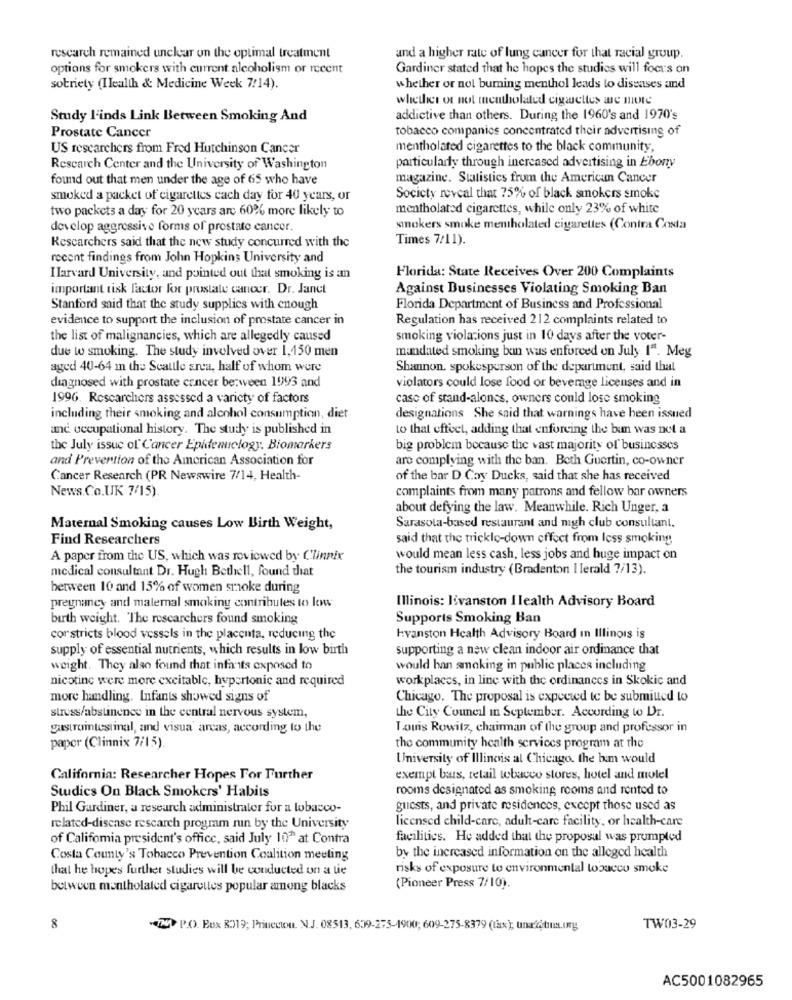
research remained unclear on the optimal treatment
and a higher rate of lung cancer for that racial group.
options for smokers with current alcoholism or recent
Gardiner stated that he hopes the studies will focus on
sobriety (Ilealth & Medicine Week 7:14).
whether or not burning menthol leads to diseases and
whether or not mentholated cigarettes are mote
Study l'inds Link Between Smoking And
addictive than others. During the 1960's and 1970's
tobacco companies concentrated their advertising of
Prostate Cancer
US researchers from Fred Hutchinson Cancer
mentholated cigarettes to the black community,
Research Center and the University of Washington
particularly through increased advertising in Ebony
found out that men under the age of 65 who have
magazine. Statistics from the American Cancer
smoked a packet of cigarettes cach day for 40 years, or
Society reveal that 75% of black smokers smoke
two packets a day for 20 years arc 60% more likely to
mentholated cigarettes, while only 23% of white
develop aggressive forms of prostate cancer.
smokers smoke mentholated cigarettes (Contra Costa
Times 7/11).
Researchers said that the new study concurred with the
recent findings from John Hopkins University and
Harvard University, and pointed out that smoking is an
Florida: State Receives Over 200 Complaints
important tisk factor for prostate cancer. Dr. Janct
Against Businesses Violating Smoking Ban
Stanford said that the study supplies with enough
Florida Department of Business and Professional
evidence to support the inclusion of prostate cancer in
Regulation has received 212 complaints related to
the list of malignancies, which are allegedly caused
smoking violations just in 10 days after the voter-
due to smoking. The study involved over 1,150 men
mandated smoking ban was enforced on July 1". Meg
aged 40-64 m the Seattle area, half of whom were
Shannon, spokesperson of the department, said that
diagnosed with prostate cancer berween 1995 and
violators could lose food or beverage licenses and in
1996. Researchers assessed a variety of factors
case of stand-alones, owners could lose smoking
including their smoking and alcohol consumption, diet
designations She said that warnings have been issued
and occupational history. The study is published in
to that effect, adding that enforcing the bun was not a
the July issue of Cancer Epidemiology. Biomarkers
big problem because the vast majority of businesses
and Prevention of the American Association for
are complying with the ban. Both Guertin, co-owner
Cancer Research (PR Newswire 7/14, Health-
of the bar D Cay Ducks, said that she has received
News.Co.UK 7/15).
complaints from many patrons and fellow bar owners
about defying the law. Meanwhile. Rich Unger, a
Maternal Smoking causes Low Birth Weight,
Sarasota-based restaurant and nigh club consultant.
Find Researchers
said that the tricklo-down effect from less smoking
A paper from the US, which was reviewed by Clinnix
would mean less cash, less jobs and huge impact on
medical consultant Dr. Hugh Bethell, found that
the tourism industry (Bradenton I lerald ?/13).
between 10 and 15% of women smoke during
pregnancy and malemal smoking contributes to low
Illinois: livanston Ilealth Advisory Board
birth weight. The researchers found smoking
Supports Smoking Ban
corstricts blood vessels in the placenta, reducing the
Evanston Health Advisory Board In Illinois is
supply of essential nutrients, which results in low birth
supporting a new clean indoor air ordinance that
weight. They also found that infants exposed to
would han smoking in public places including
nicotine were more excitable, hypertonic and required
workplaces, in line with the ordinances in Skokic and
more handling. Infants showed signs of
Chicago. The proposal is expected to be submitted to
stress/abstinence in the central nervous system,
the City Council In September. According to Dr.
gastrointestinal, and visua' arcas, according to the
Touis Rowitz, chairman of the group and professor in
paper (Clinnix 7/15).
the community health services program at the
University of Illinois al Chicago. the bem would
California: Researcher Hopes For Further
exempt bars, retail tobacco stores, hotel and motel
Studics On Black Smokers' Habits
rooms designated as smoking rooms and rented to
Phil Gardiner, a research administrator for a tobacco-
guests, and private residences, except those used as
licensed child-care, adult-care facility, or health-care
related-disease research program run by the University
of Califomia president's office, said July 10" at Contra
facilities. He added that the proposal was prompted
Costa County's Tobacco Prevention Coalition meeting
by the increased information on the alleged health
that he hopes further studies will be conducted on a tie
risks of exposure to environmental tobacco smoke
between mentholated cigarettes popular among blacks
(Pioneer Press 7/10).
8
" P.O. Box RO19; Princeton. N.J. 08513, 609-275-1900; 609-275-8379 (tax); una åtins.ing
TW03-29
AC5001082965